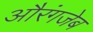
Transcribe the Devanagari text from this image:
अौरंगजेब